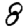
Digit: 8